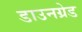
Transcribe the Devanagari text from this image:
डाउनग्रेड